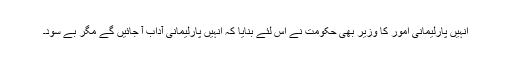
انہیں پارلیمانی امور کا وزیر بھی حکومت نے اس لئے بنایا کہ انہیں پارلیمانی آداب آ جائیں گے مگر بے سود۔